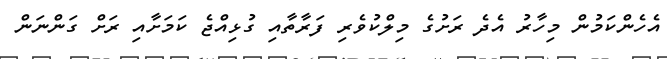
އެހެންކަމުން މިހާރު އެދެ ރަށުގެ މިލްކުވެރި ފަރާތާއި ގުޅިއްޖެ ކަމަށާއި ރަށް ގަންނަން